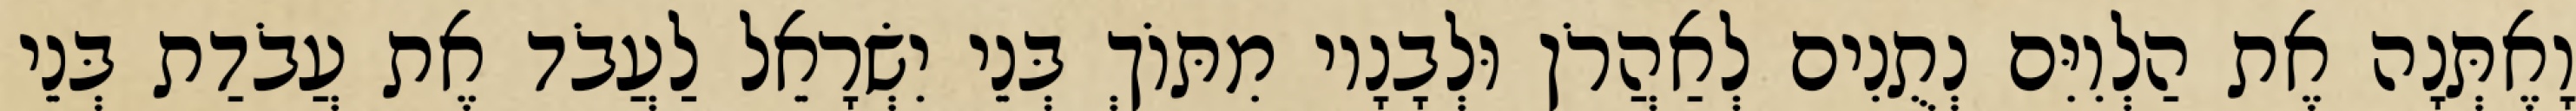
וָאֶתְּנָה אֶת הַלְוִיִּם נְתֻנִים לְאַהֲרֹן וּלְבָנָיו מִתּוֹךְ בְּנֵי יִשְׂרָאֵל לַעֲבֹד אֶת עֲבֹדַת בְּנֵי